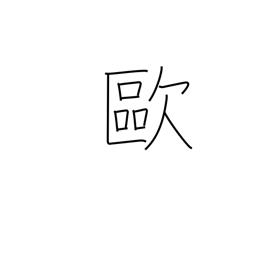
Meaning: Europe